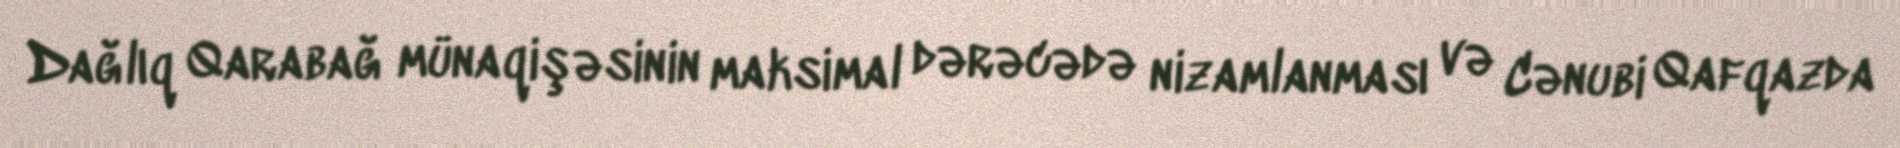
Dağlıq Qarabağ münaqişəsinin maksimal dərəcədə nizamlanması və Cənubi Qafqazda